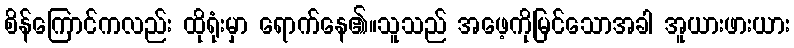
စိန်ကြောင်ကလည်း ထိုရုံးမှာ ရောက်နေ၏။သူသည် အဖေ့ကိုမြင်သောအခါ အူယားဖားယား